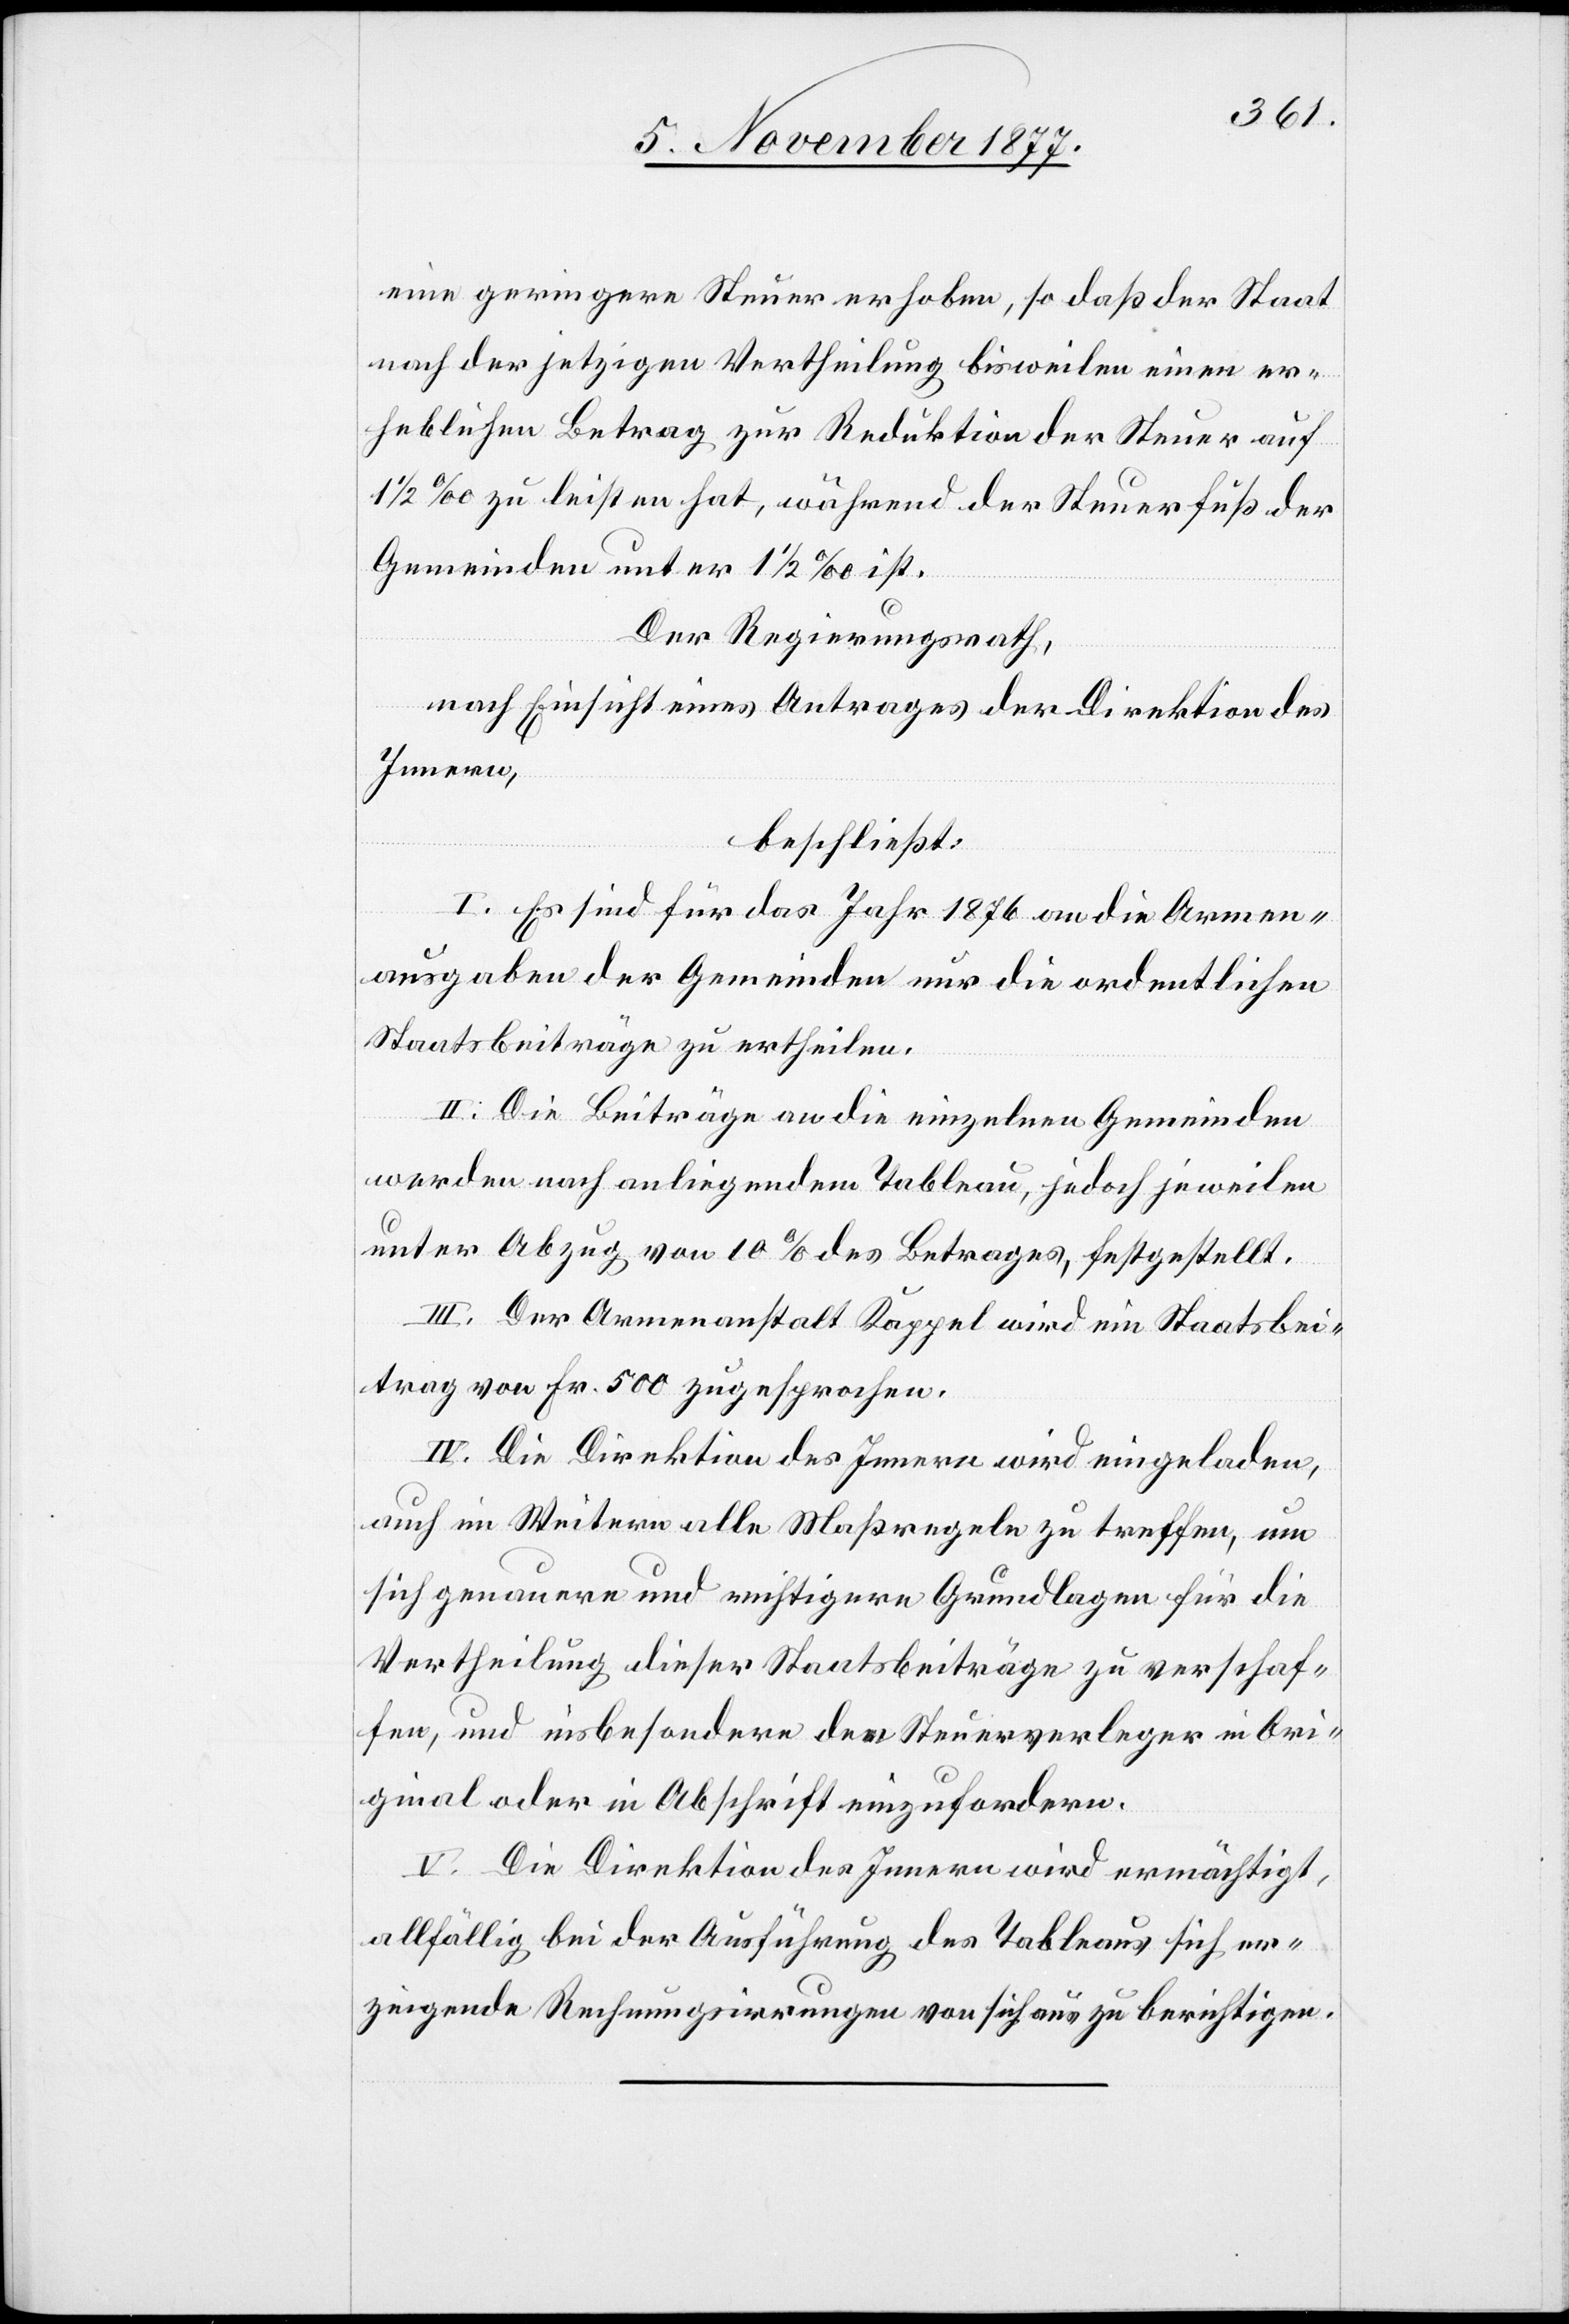
eine geringere Steuer erhoben, so daß der Staat
nach der jetzigen Vertheilung bisweilen einen er¬
heblichen Betrag zur Reduktion der Steuer auf
1/2 ‰ zu leisten hat, während der Steuerfuß der
Gemeinden unter 1 1/2 ‰ ist.
Der Regierungsrath,
nach Einsicht eines Antrages der Direktion des
Innern,
beschließt:
I. Es sind für das Jahr 1876 an die Armen¬
ausgaben der Gemeinden nur die ordentlichen
Staatsbeiträge zu ertheilen.
II. Die Beiträge an die einzelnen Gemeinden
werden nach anliegendem Tableau, jedoch jeweilen
unter Abzug von 10% des Betrages, festgestellt.
III. Der Armenanstalt Kappel wird ein Staatsbei¬
trag von Fr. 500 zugesprochen.
IV. Die Direktion des Innern wird eingeladen,
auch im Weitern alle Maßregeln zu treffen, um
sich genauere und richtigere Grundlagen für die
Vertheilung dieser Staatsbeiträge zu verschaf¬
fen, und insbesondere den Steuerverleger in Ori¬
ginal oder in Abschrift einzufordern.
V. Die Direktion des Innern wird ermächtigt,
allfällig bei der Ausführung des Tableaus sich er¬
zeigende Rechnungsirrungen von sich aus zu berichtigen.